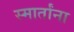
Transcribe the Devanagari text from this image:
स्मार्तांना